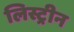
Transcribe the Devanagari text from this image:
लिस्ट्रीन